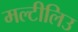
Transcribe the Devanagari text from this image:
मल्टीलिउ